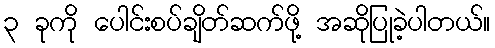
၃ ခုကို ပေါင်းစပ်ချိတ်ဆက်ဖို့ အဆိုပြုခဲ့ပါတယ်။